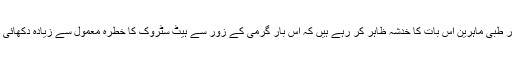
موسمیاتی اور طبی ماہرین اس بات کا خدشہ ظاہر کر رہے ہیں کہ اس بار گرمی کے زور سے ہیٹ سٹروک کا خطرہ معمول سے زیادہ دکھائی دے رہا ہے۔